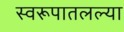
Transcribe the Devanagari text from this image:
स्वरूपातलल्या